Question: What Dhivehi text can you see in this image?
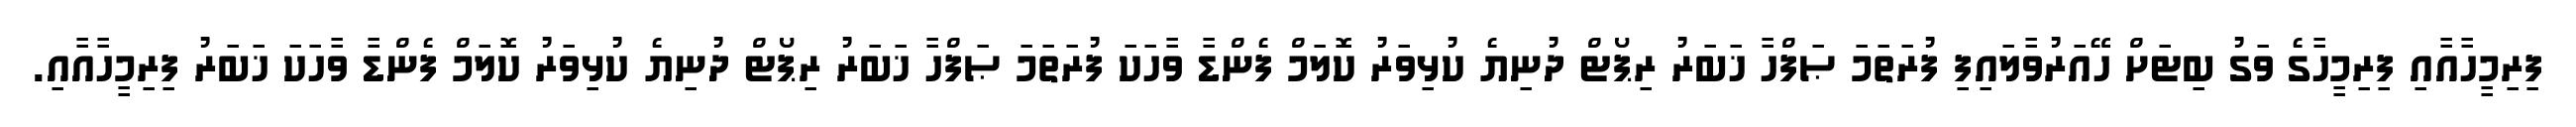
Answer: ފިރިމީހާއާއި ފިރިމީހާގެ ވަގު ބިޓަށް ހޭއަރުވާލައިފި ފުރަތަމަ ޞަފްހާ ޚަބަރު ރިޕޯޓް ދުނިޔެ ކުޅިވަރު ކޮލަމް ފެންޑާ ވާހަކަ ފުރަތަމަ ޞަފްހާ ޚަބަރު ރިޕޯޓް ދުނިޔެ ކުޅިވަރު ކޮލަމް ފެންޑާ ވާހަކަ ޚަބަރު ފިރިމީހާއާއި.